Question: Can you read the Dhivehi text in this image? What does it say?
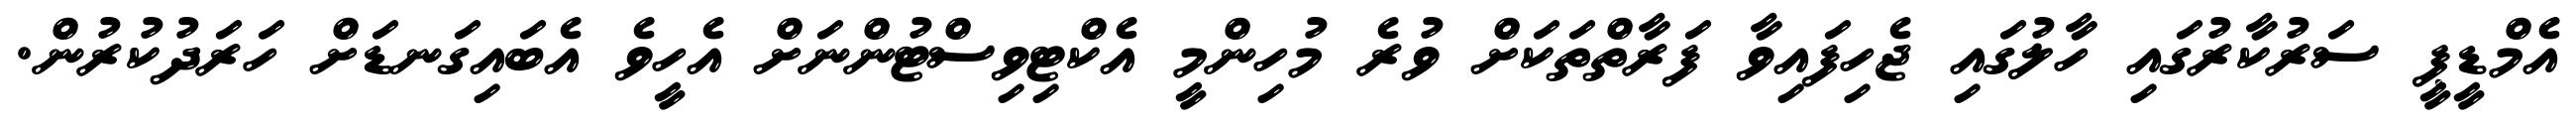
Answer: އެމްޑީޕީ ސަރުކާރުގައި ހާލުގައި ޖެހިފައިވާ ފަރާތްތަކަށް ވުރެ މުހިންމީ އެކްޓިވިސްޓުންނަށް އެހީވެ އެބައިގަނޑަށް ހަރަދުކުރުން.